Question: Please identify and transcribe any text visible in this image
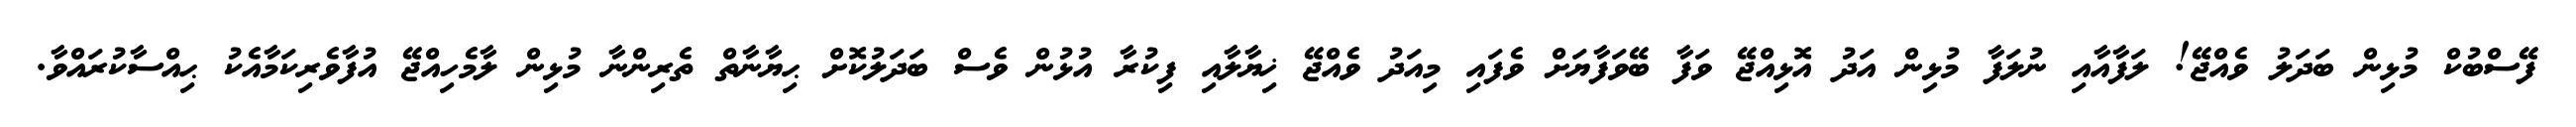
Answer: ފޭސްބުކް މުޅިން ބަދަލު ވެއްޖޭ! ލަފާއާއި ނުލަފާ މުޅިން އަދު އޮޅިއްޖޭ ވަފާ ބޭވަފާޔަށް ވެފައި މިއަދު ވެއްޖޭ ޚިޔާލާއި ފިކުރާ އުޅުން ވެސް ބަދަލުކޮށް ޙިޔާނާތް ތެރިންނާ މުޅިން ލާމެހިއްޖޭ އުފާވެރިކަމާއެކު ޙިއްސާކުރައްވާ.